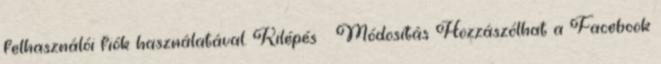
felhasználói fiók használatával. Kilépés Módosítás Hozzászólhat a Facebook